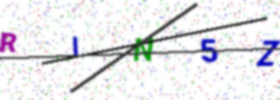
Text: RIN5Z